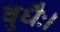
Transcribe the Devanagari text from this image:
बुधैः।